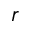
r